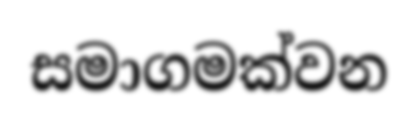
සමාගමක්වන